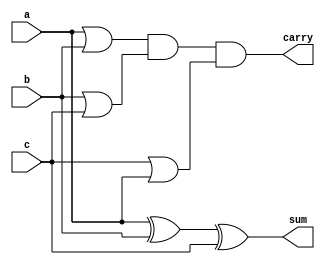
`timescale 1ns / 1ps
//////////////////////////////////////////////////////////////////////////////////
// Company: 
// Engineer: 
// 
// Design Name: 
// Module Name: full_add
// Project Name: 
// Target Devices: 
// Tool Versions: 
// Description: 
// 
// Dependencies: 
// 
// Revision:
// Revision 0.01 - File Created
// Additional Comments:
// 
//////////////////////////////////////////////////////////////////////////////////


module full_add(input a,b,c, output sum,carry );
assign sum=a^b^c;
assign carry=(a|b) & (b|c) & (c|a);
endmodule